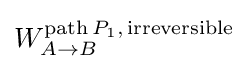
W_{A\to B}^{\mathrm {path} \,P_{1},\,\mathrm {irreversible} }